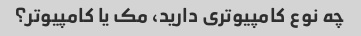
چه نوع کامپیوتری دارید، مک یا کامپیوتر؟